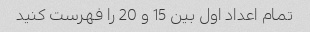
تمام اعداد اول بین 15 و 20 را فهرست کنید